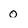
Character: 0